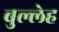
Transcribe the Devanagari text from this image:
बुल्लेह